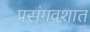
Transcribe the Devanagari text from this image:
प्रसंगवशात